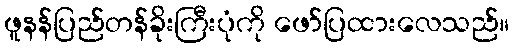
ဖူနန်ပြည်တန်ခိုးကြီးပုံကို ဖော်ပြထားလေသည်။